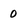
Character: 0